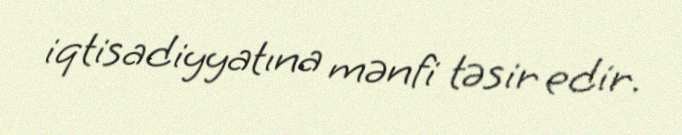
iqtisadiyyatına mənfi təsir edir.